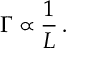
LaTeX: \Gamma \propto \frac { 1 } { L } \, .